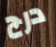
درج